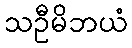
သဦမိဘယံ